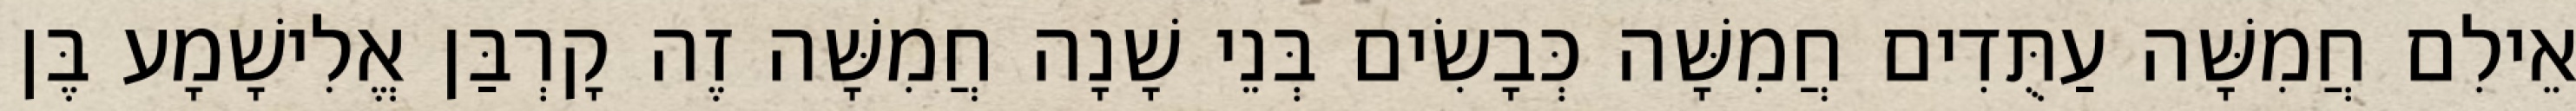
אֵילִם חֲמִשָּׁה עַתֻּדִים חֲמִשָּׁה כְּבָשִׂים בְּנֵי שָׁנָה חֲמִשָּׁה זֶה קָרְבַּן אֱלִישָׁמָע בֶּן